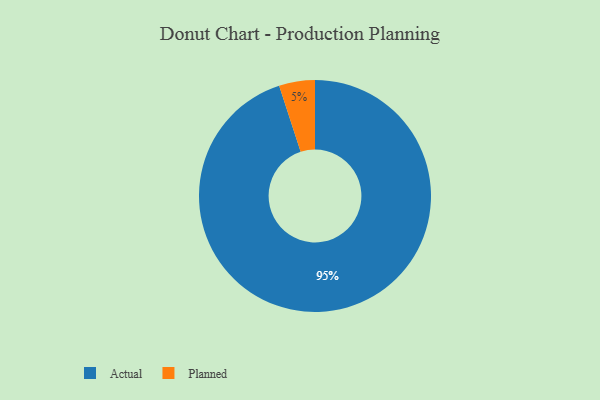
{"axis": {"x": "Category", "y": "Percentage"}, "legend": ["Actual", "Planned"], "data": [{"x": "Planned", "y": 5, "type": "Planned"}, {"x": "Actual", "y": 95, "type": "Actual"}]}